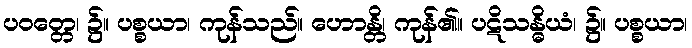
ပဝတ္တေ၊ ၌။ ပစ္စယာ၊ ကုန်သည်။ ဟောန္တိ၊ ကုန်၏။ ပဋိသန္ဓိယံ၊ ၌။ ပစ္စယာ၊